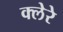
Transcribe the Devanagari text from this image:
क्लेरे